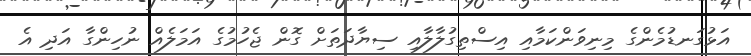
އަޅުގަނޑުމެންގެ މިނިވަންކަމާއި އިސްތިގުލާލާއި ސިޔާދަތަށް ގޮން ޖެހުމުގެ އަމަލެއް ނުހިންގާ އަދި އެ